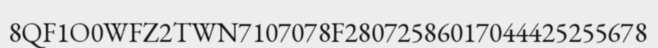
8QF1O0WFZ2TWN7107078F28072586017044425255678